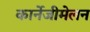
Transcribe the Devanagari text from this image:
कार्नेजीमेलन